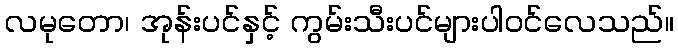
လမုတော၊ အုန်းပင်နှင့် ကွမ်းသီးပင်များပါဝင်လေသည်။